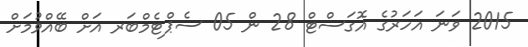
2015 ވަނަ އަހަރުގެ އޮގަސްޓް 28 ން 05 ސެޕްޓެމްބަރ އަށް ބޭއްވުމަށް